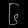
Digit: ၆